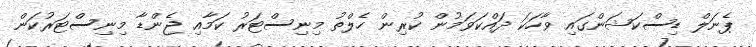
ޕެނަލް ޑިސްކަޝަންގައި ވާހަކަ ދައްކަވަމުން ކުރިން ހެލްތު މިނިސްޓަރު ކަމާއި ޖެންޑާ މިނިސްޓަރުކަން